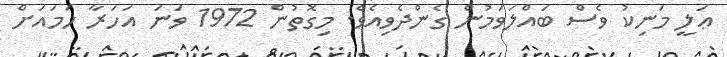
ޢަލީ މަނިކު ވެސް ބައްލަވަމުން ގެންދެވިއެވެ. މިގޮތުން 1972 ވަނަ އަހަރާ ހަމައަށް